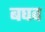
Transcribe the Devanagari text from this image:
बघव